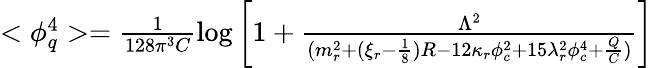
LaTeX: \begin{array}{l}{{<\phi_{q}^{4}>=\frac 1{128\pi^{3}C}\log\left[1+\frac{\Lambda^{2}}{(m_{r}^{2}+(\xi_{r}-\frac 18)R-12\kappa_{r}\phi_{c}^{2}+15\lambda_{r}^{2}\phi_{c}^{4}+\frac QC)}\right]}}\end{array}